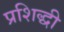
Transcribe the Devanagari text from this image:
प्रशिद्धी